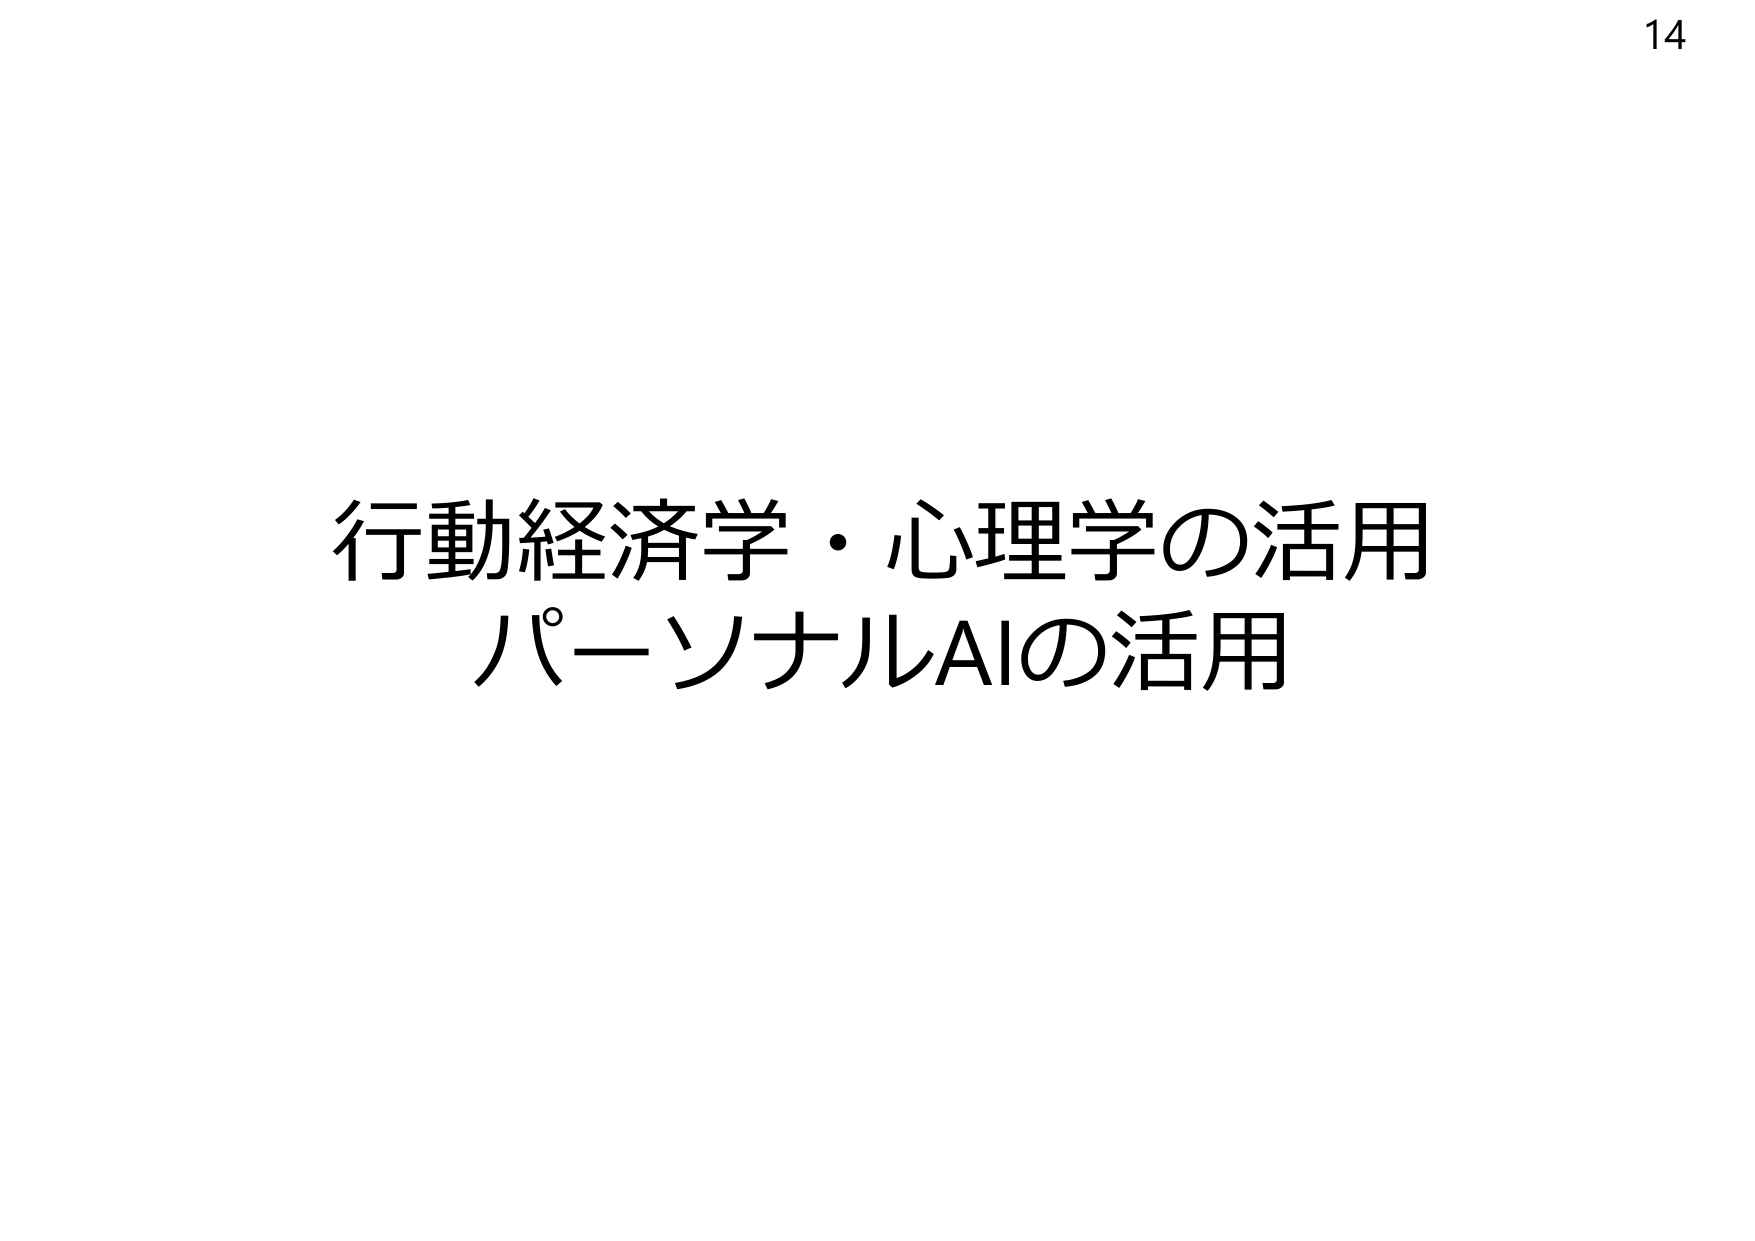
14
行動経済学・心理学の活用
パーソナルAIの活用